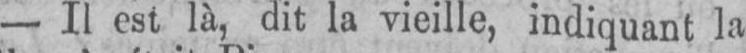
- Il est là, dit la vieille, indiquant la